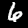
Digit: 6